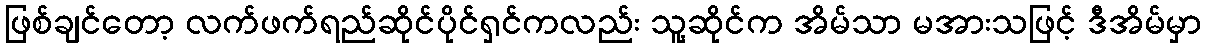
ဖြစ်ချင်တော့ လက်ဖက်ရည်ဆိုင်ပိုင်ရှင်ကလည်း သူ့ဆိုင်က အိမ်သာ မအားသဖြင့် ဒီအိမ်မှာ